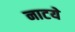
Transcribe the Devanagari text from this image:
नाटये